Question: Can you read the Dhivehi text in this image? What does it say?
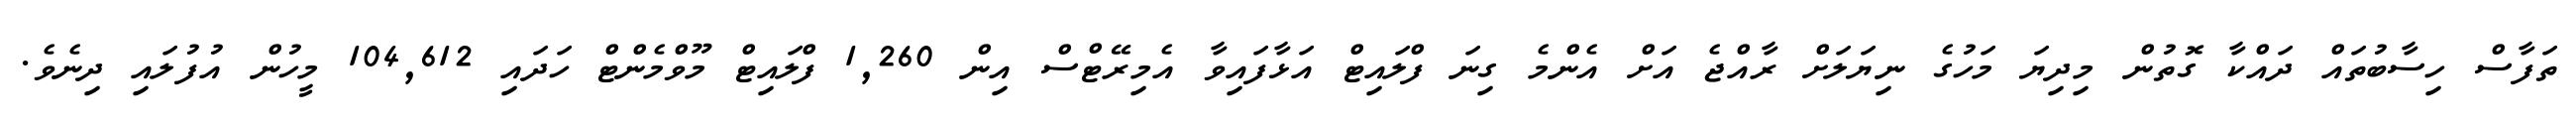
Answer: ތަފާސް ހިސާބުތައް ދައްކާ ގޮތުން މިދިޔަ މަހުގެ ނިޔަލަށް ރާއްޖެ އަށް އެންމެ ގިނަ ފްލައިޓް އަޅާފައިވާ އެމިރޭޓްސް އިން 1,260 ފްލައިޓް މޫވްމެންޓް ހަދައި 104,612 މީހުން އުފުލައި ދިނެވެ.